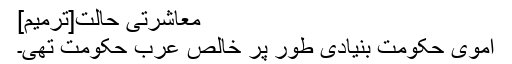
معاشرتی حالت[ترمیم]
اموی حکومت بنیادی طور پر خالص عرب حکومت تھی۔